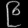
Digit: ၉